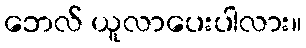
ဘေလ် ယူလာပေးပါလား။